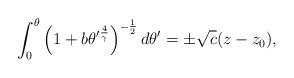
LaTeX: \begin{align*}\int_0^\theta\left(1+b{\theta'}^{4\over \gamma}\right)^{-{1\over 2}}d\theta'=\pm\sqrt{c}(z-z_0),\end{align*}